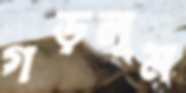
গড়লুম